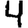
Digit: 4